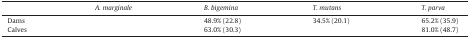
<table><thead><tr><td>[EMPTY_CELL]</td><td><b><i>A. marginale</i></b></td><td><b><i>B. bigemina</i></b></td><td><b><i>T. mutans</i></b></td><td><b><i>T. parva</i></b></td></tr></thead><tbody><tr><td>Dams</td><td>[EMPTY_CELL]</td><td>48.9% (22.8)</td><td>34.5% (20.1)</td><td>65.2% (35.9)</td></tr><tr><td>Calves</td><td>[EMPTY_CELL]</td><td>63.0% (30.3)</td><td>[EMPTY_CELL]</td><td>81.0% (48.7)</td></tr></tbody></table>